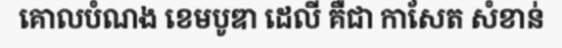
គោលបំណង ខេមបូឌា ដេលី គឺជា កាសែត សំខាន់